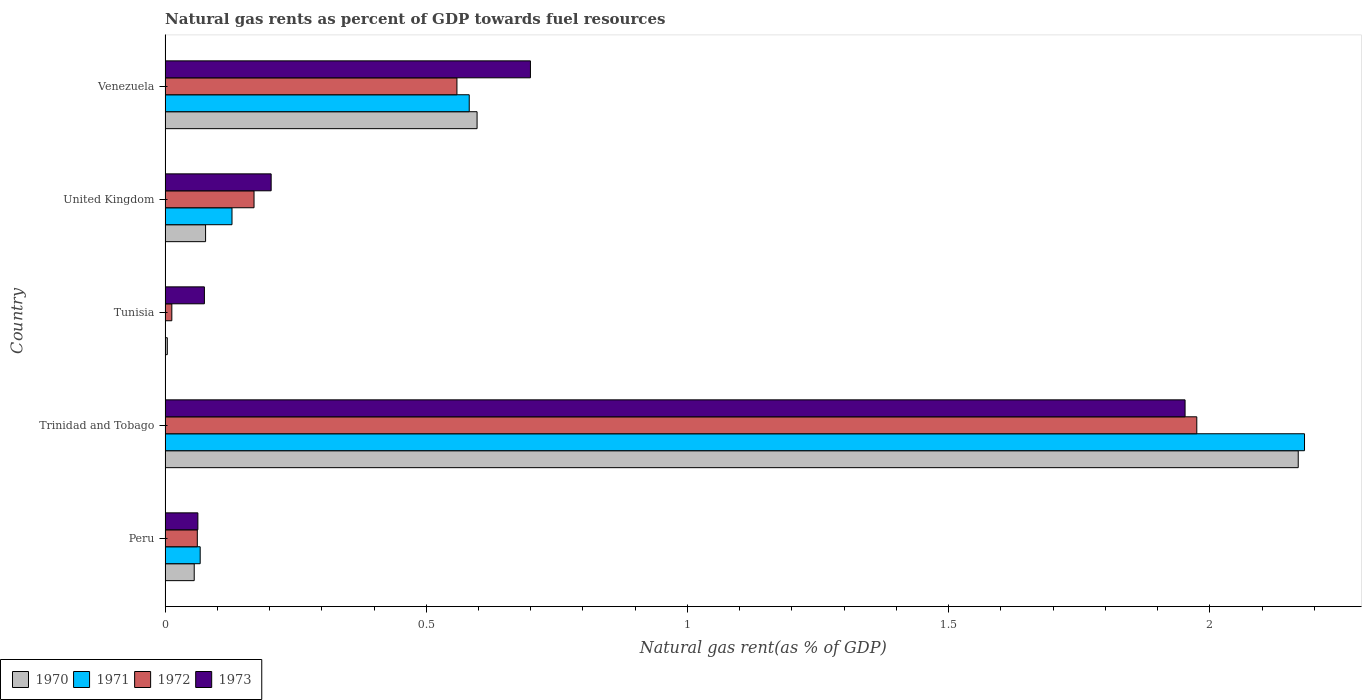
| Country | 1970 | 1971 | 1972 | 1973 |
 | --- | --- | --- | --- | --- |
 | Peru | 0.0558 | 0.0672 | 0.0617 | 0.0628 |
 | Trinidad and Tobago | 2.17 | 2.18 | 1.98 | 1.95 |
 | Tunisia | 0.00424 | 0.000742 | 0.0129 | 0.0753 |
 | United Kingdom | 0.0775 | 0.128 | 0.17 | 0.203 |
 | Venezuela | 0.597 | 0.582 | 0.559 | 0.699 |